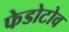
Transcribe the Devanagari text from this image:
फेडोटोव